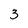
Character: 3